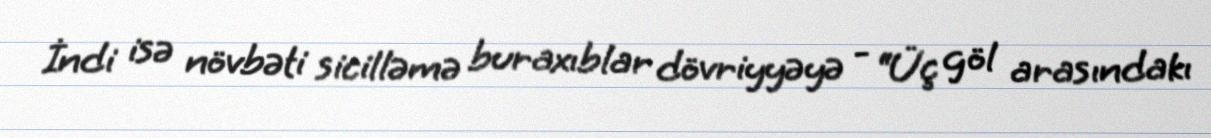
İndi isə növbəti sicilləmə buraxıblar dövriyyəyə - “Üç göl arasındakı